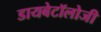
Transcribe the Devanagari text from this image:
डायबेटॉलोजी